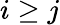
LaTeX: i\geq j